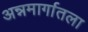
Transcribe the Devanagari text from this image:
अन्नमार्गातला